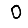
Digit: 0